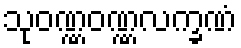
သုဝဏ္ဏဝဏ္ဏလက္ခဏံ